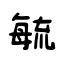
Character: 毓